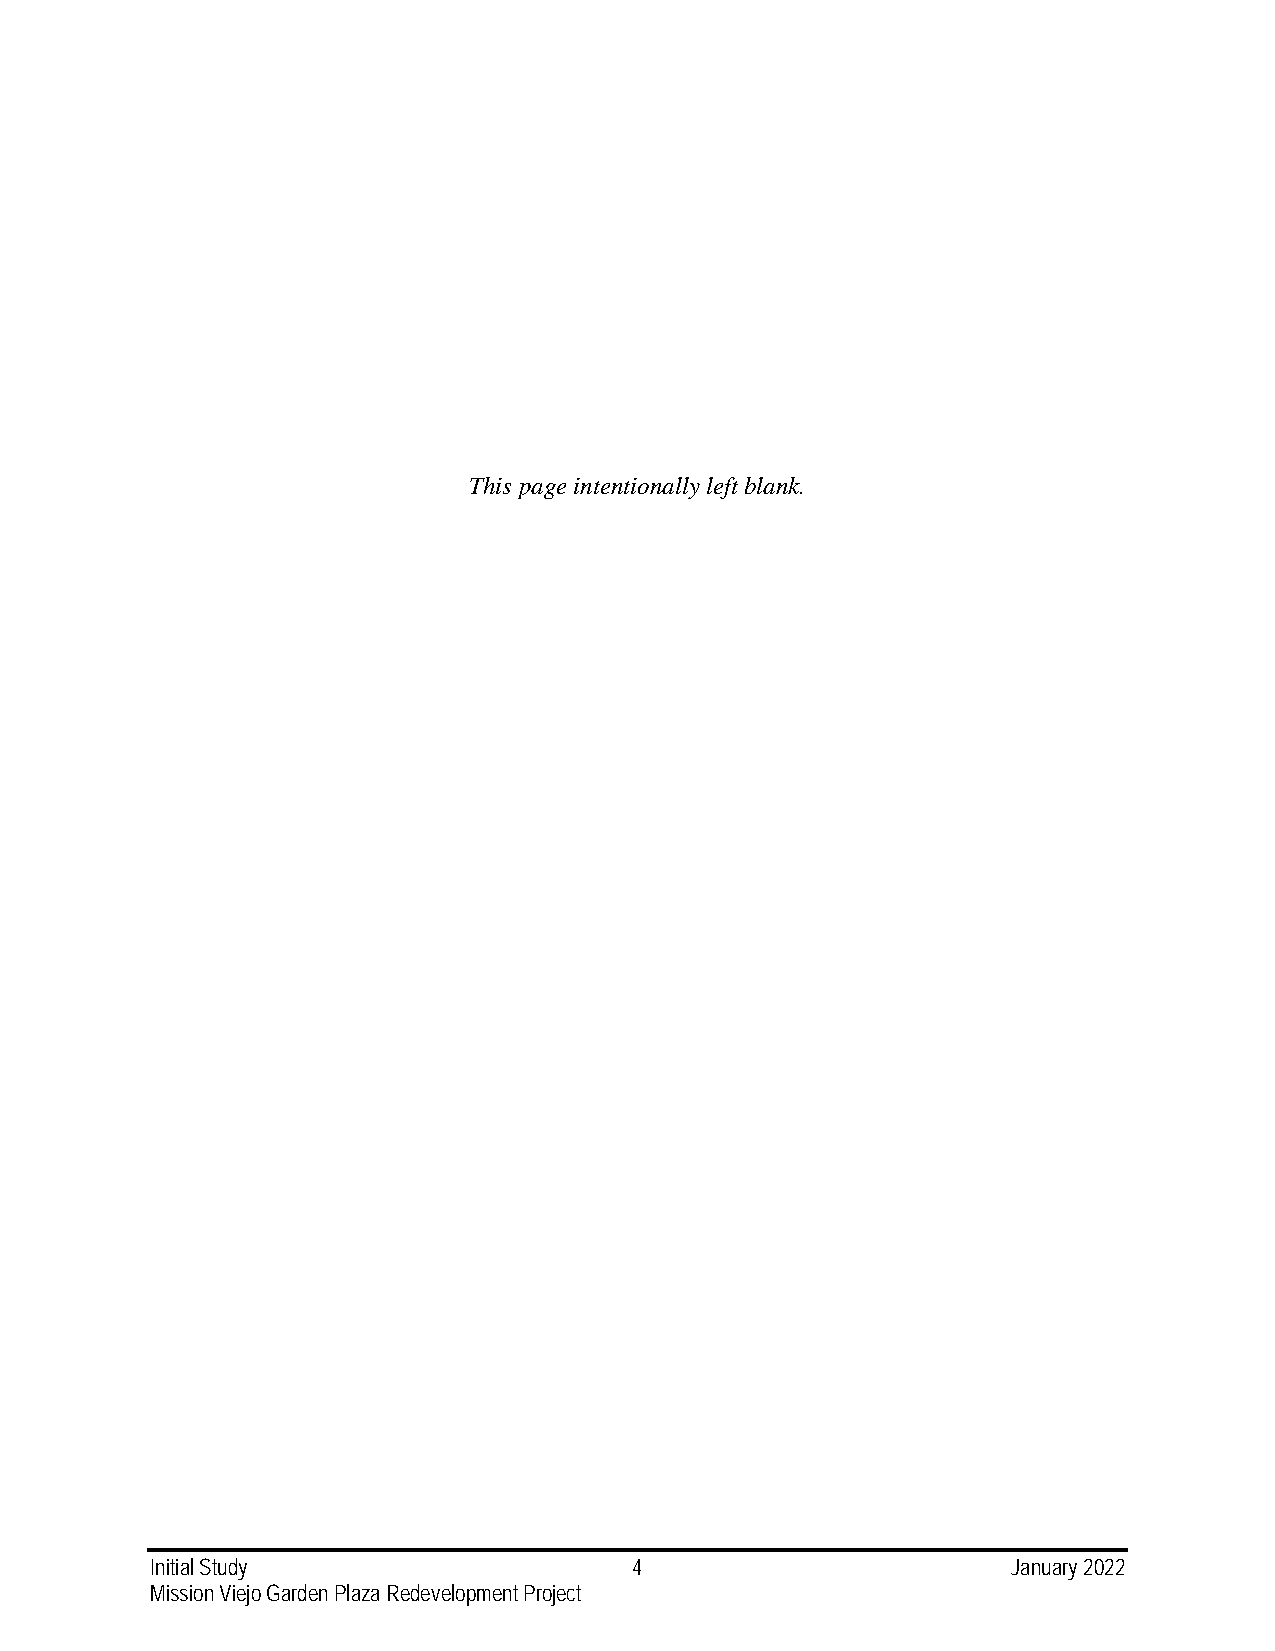
This page intentionally left blank.
 Initial Study                   4                        January 2022
 Mission Viejo Garden Plaza Redevelopment Project